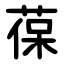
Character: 葆